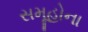
સમૂહોના